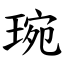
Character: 琬